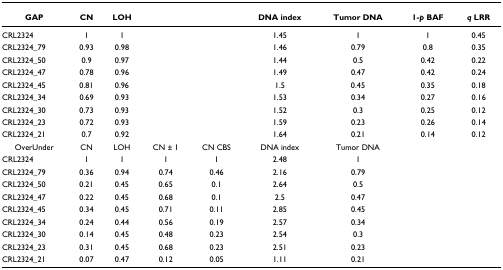
<table><thead><tr><td><b>GAP</b></td><td><b>CN</b></td><td><b>LOH</b></td><td></td><td></td><td><b>DNA index</b></td><td><b>Tumor DNA</b></td><td><b>1-<i>p </i>BAF</b></td><td><b><i>q </i>LRR</b></td></tr></thead><tbody><tr><td>CRL2324</td><td>1</td><td>1</td><td></td><td></td><td>1.45</td><td>1</td><td>1</td><td>0.45</td></tr><tr><td>CRL2324_79</td><td>0.93</td><td>0.98</td><td></td><td></td><td>1.46</td><td>0.79</td><td>0.8</td><td>0.35</td></tr><tr><td>CRL2324_50</td><td>0.9</td><td>0.97</td><td></td><td></td><td>1.44</td><td>0.5</td><td>0.42</td><td>0.22</td></tr><tr><td>CRL2324_47</td><td>0.78</td><td>0.96</td><td></td><td></td><td>1.49</td><td>0.47</td><td>0.42</td><td>0.24</td></tr><tr><td>CRL2324_45</td><td>0.81</td><td>0.96</td><td></td><td></td><td>1.5</td><td>0.45</td><td>0.35</td><td>0.18</td></tr><tr><td>CRL2324_34</td><td>0.69</td><td>0.93</td><td></td><td></td><td>1.53</td><td>0.34</td><td>0.27</td><td>0.16</td></tr><tr><td>CRL2324_30</td><td>0.73</td><td>0.93</td><td></td><td></td><td>1.52</td><td>0.3</td><td>0.25</td><td>0.12</td></tr><tr><td>CRL2324_23</td><td>0.72</td><td>0.93</td><td></td><td></td><td>1.59</td><td>0.23</td><td>0.26</td><td>0.14</td></tr><tr><td>CRL2324_21</td><td>0.7</td><td>0.92</td><td></td><td></td><td>1.64</td><td>0.21</td><td>0.14</td><td>0.12</td></tr><tr><td>OverUnder</td><td>CN</td><td>LOH</td><td>CN ± 1</td><td>CN CBS</td><td>DNA index</td><td>Tumor DNA</td><td></td><td></td></tr><tr><td>CRL2324</td><td>1</td><td>1</td><td>1</td><td>1</td><td>2.48</td><td>1</td><td></td><td></td></tr><tr><td>CRL2324_79</td><td>0.36</td><td>0.94</td><td>0.74</td><td>0.46</td><td>2.16</td><td>0.79</td><td></td><td></td></tr><tr><td>CRL2324_50</td><td>0.21</td><td>0.45</td><td>0.65</td><td>0.1</td><td>2.64</td><td>0.5</td><td></td><td></td></tr><tr><td>CRL2324_47</td><td>0.22</td><td>0.45</td><td>0.68</td><td>0.1</td><td>2.5</td><td>0.47</td><td></td><td></td></tr><tr><td>CRL2324_45</td><td>0.34</td><td>0.45</td><td>0.71</td><td>0.11</td><td>2.85</td><td>0.45</td><td></td><td></td></tr><tr><td>CRL2324_34</td><td>0.24</td><td>0.44</td><td>0.56</td><td>0.19</td><td>2.57</td><td>0.34</td><td></td><td></td></tr><tr><td>CRL2324_30</td><td>0.14</td><td>0.45</td><td>0.48</td><td>0.23</td><td>2.54</td><td>0.3</td><td></td><td></td></tr><tr><td>CRL2324_23</td><td>0.31</td><td>0.45</td><td>0.68</td><td>0.23</td><td>2.51</td><td>0.23</td><td></td><td></td></tr><tr><td>CRL2324_21</td><td>0.07</td><td>0.47</td><td>0.12</td><td>0.05</td><td>1.11</td><td>0.21</td><td></td><td></td></tr></tbody></table>